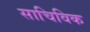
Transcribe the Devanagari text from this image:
साचिविक